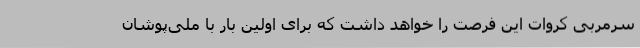
سرمربی کروات این فرصت را خواهد داشت که برای اولین بار با ملی‌پوشان